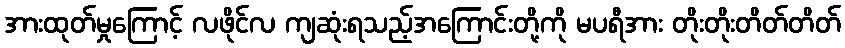
အားထုတ်မှုကြောင့် လဖိုင်လ ကျဆုံးရသည့်အကြောင်းတို့ကို မပရီအား တိုးတိုးတိတ်တိတ်